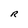
Character: R